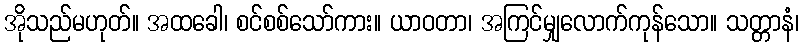
အိုသည်မဟုတ်။ အထခေါ၊ စင်စစ်သော်ကား။ ယာဝတာ၊ အကြင်မျှလောက်ကုန်သော။ သတ္တာနံ၊